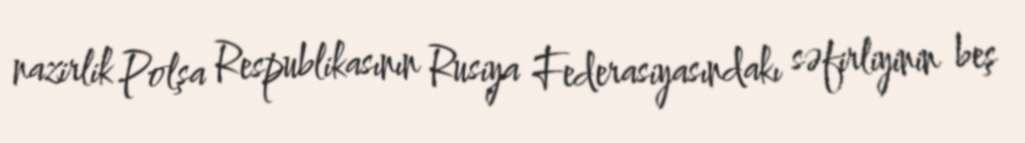
nazirlik Polşa Respublikasının Rusiya Federasiyasındakı səfirliyinin beş